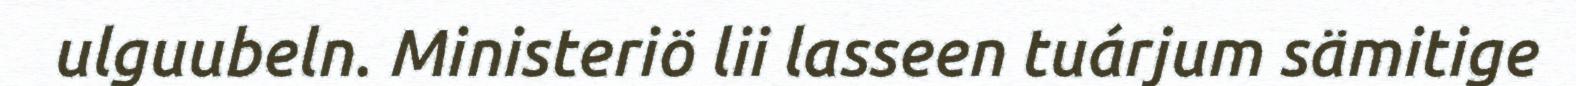
ulguubeln. Ministeriö lii lasseen tuárjum sämitige